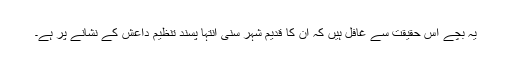
یہ بچے اس حقیقت سے غافل ہیں کہ ان کا قدیم شہر سنی انتہا پسند تنظیم داعش کے نشانے پر ہے۔